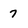
Character: 7